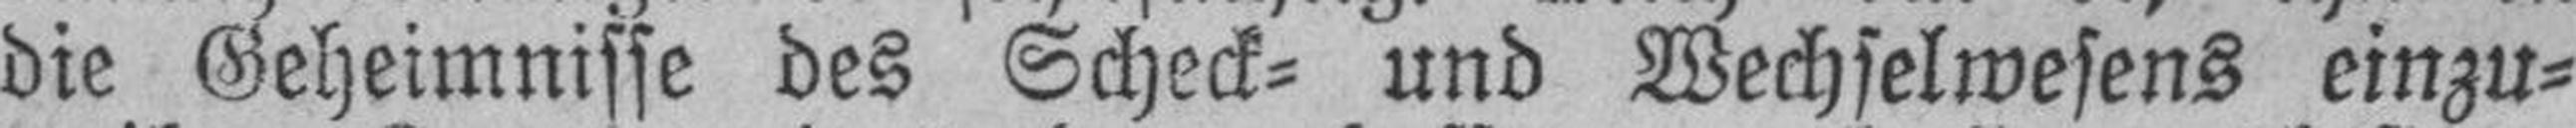
die Geheimnisse des Scheck= und Wechselwesens einzu¬